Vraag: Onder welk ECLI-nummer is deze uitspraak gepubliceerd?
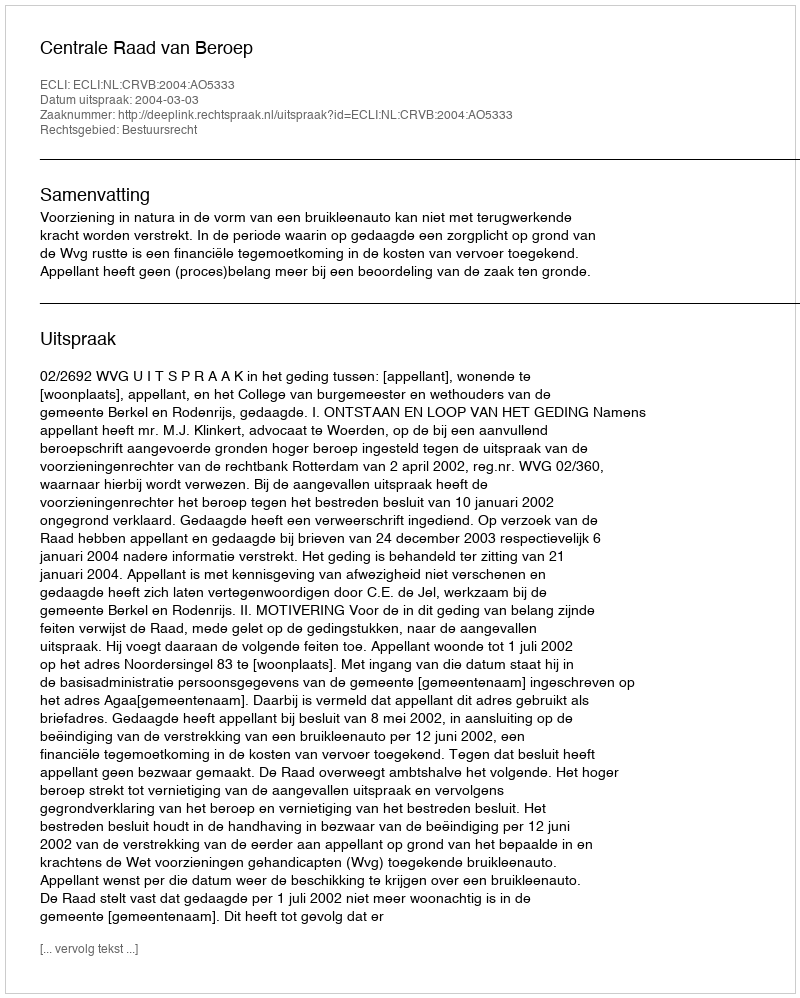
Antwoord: ECLI:NL:CRVB:2004:AO5333